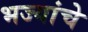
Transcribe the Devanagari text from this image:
भज्यांचे